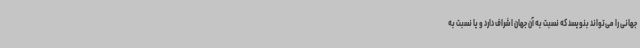
جهانی را می‌تواند بنویسد که نسبت به آن جهان اشراف دارد و یا نسبت به